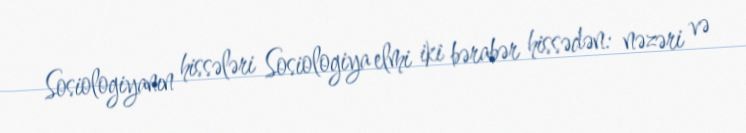
Sosiologiyanın hissələri Sosiologiya elmi iki bərabər hissədən: nəzəri və